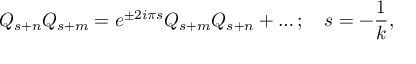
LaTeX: Q _ { s + n } Q _ { s + m } = e ^ { \pm 2 i { \pi } s } Q _ { s + m } Q _ { s + n } + \ldots ; \quad s = { - { \frac { 1 } { k } } } ,